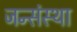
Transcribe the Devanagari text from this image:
जन्संस्था